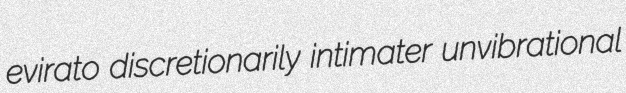
evirato discretionarily intimater unvibrational